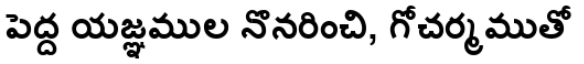
పెద్ద యజ్ఞముల నొనరించి, గోచర్మముతో